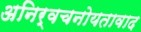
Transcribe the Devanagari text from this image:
अनिर्वचनोयतावाद